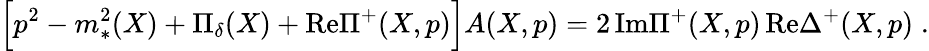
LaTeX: \Bigr[p^{2}-m_{*}^{2}(X)+\Pi_{\delta}(X)+\mathrm{Re}\Pi^{+}(X,p)\Bigl]A(X,p)=2\, \mathrm{Im}\Pi^{+}(X,p)\, \mathrm{Re}\Delta^{+}(X,p)\; .